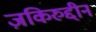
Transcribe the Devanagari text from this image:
ज़किरुद्दीन